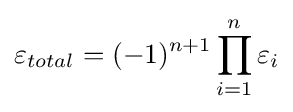
\varepsilon _{total}=(-1)^{n+1}\prod _{i=1}^{n}\varepsilon _{i}